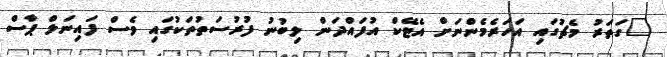
"ގަތަރު މެޗުގައި އަހަރެމެންނަށް އެޓޭކް އުފައްދަން ލިބުނު ފުރުސަތުތަކުގައި ވެސް ފައިނަލް ޕާސް